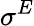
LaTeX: \sigma^{E}